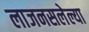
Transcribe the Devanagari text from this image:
लाजनसलेल्या